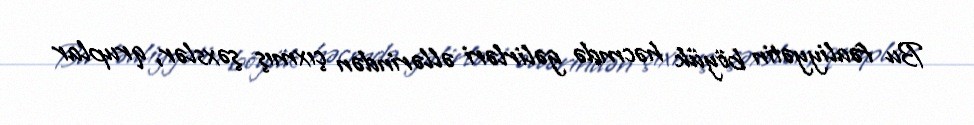
Bu fəaliyyətin böyük həcmdə gəlirləri əllərindən çıxmış şəxslər, qruplar